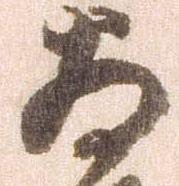
為